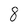
Character: 8